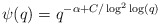
\begin{align*}\psi(q) = q^{-\alpha + C/\log^2\log(q)}\end{align*}